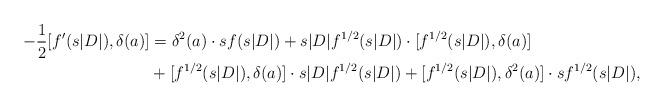
LaTeX: \begin{align*}-\frac12[f'(s|D|),\delta(a)]&=\delta^2(a)\cdot sf(s|D|)+s|D|f^{1/2}(s|D|)\cdot[f^{1/2}(s|D|),\delta(a)]\\&+[f^{1/2}(s|D|),\delta(a)]\cdot s|D|f^{1/2}(s|D|)+[f^{1/2}(s|D|),\delta^2(a)]\cdot sf^{1/2}(s|D|),\end{align*}